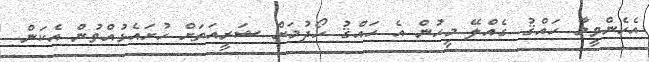
އެހެންވީމާ ހައްޤު ގެއްލޭ މީހުން އެ ހައްޤު ހޯދުމަށް ޝަރީއަތަށް ހުށައެޅުއްވުން އެކަން